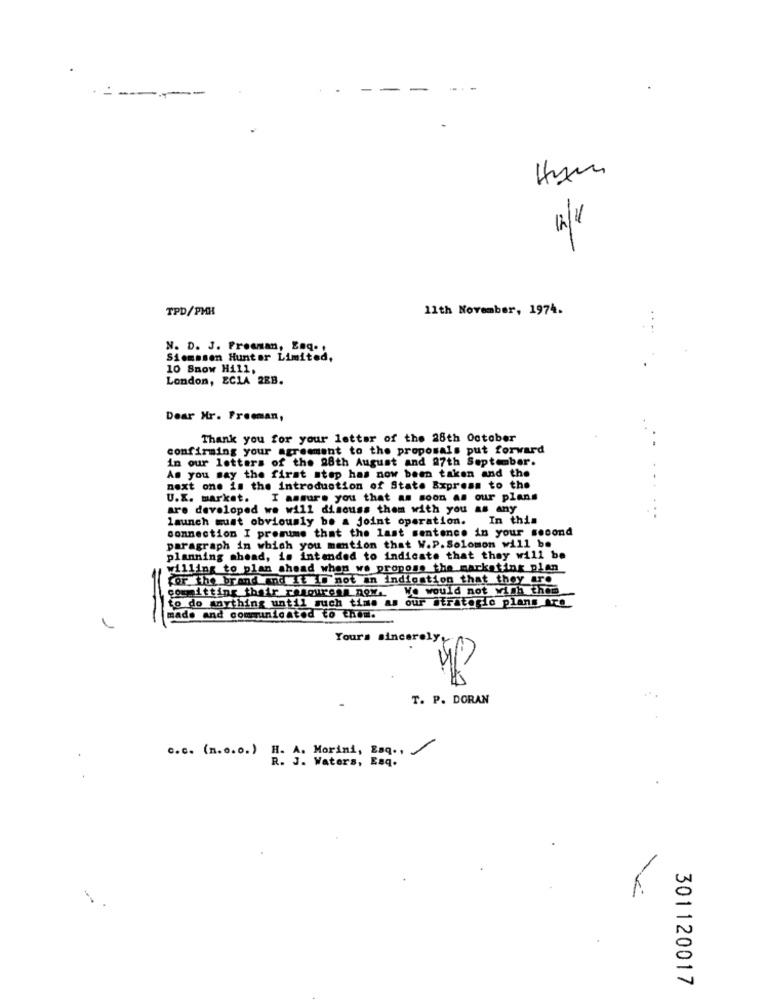
-----
12/1
TPD/PHH
11th November, 1974.
N. D. J. Freeman, Enq. ,
Siemssen Hunter Limited,
10 Snow Hill,
London, ECLA 2EB.
Dear Mr. Freeman,
Thank you for your letter of the 28th October
confirming your agreement to the proposals put forward
in our letters of the 08th August and 27th September.
As you say the first step has now been taken and the
next one is the introduction of State Express to the
U.X. market. I assure you that as soon as our plans
are developed we will discuss them with you as any
launch must obviously be a joint operation. In this
connection I premime that the last sentence in your second
paragraph in which you mention that W.P. Solomon will be
planning ahead, is intended to indicate that they will be
willing to plan ahead when we propose the marketing plan
for the brand and It IS not an Indication that they are
committing their resources now .. We would not with them
to do anything until such time as our strategie plans are
made and communicated to thom.
Yours sincerely,
T. P. DORAN
c.c . (n.o.o.) H. A. Morini, Esq .,
R. J. Waters, Esq.
301120017